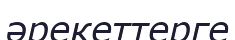
әрекеттерге